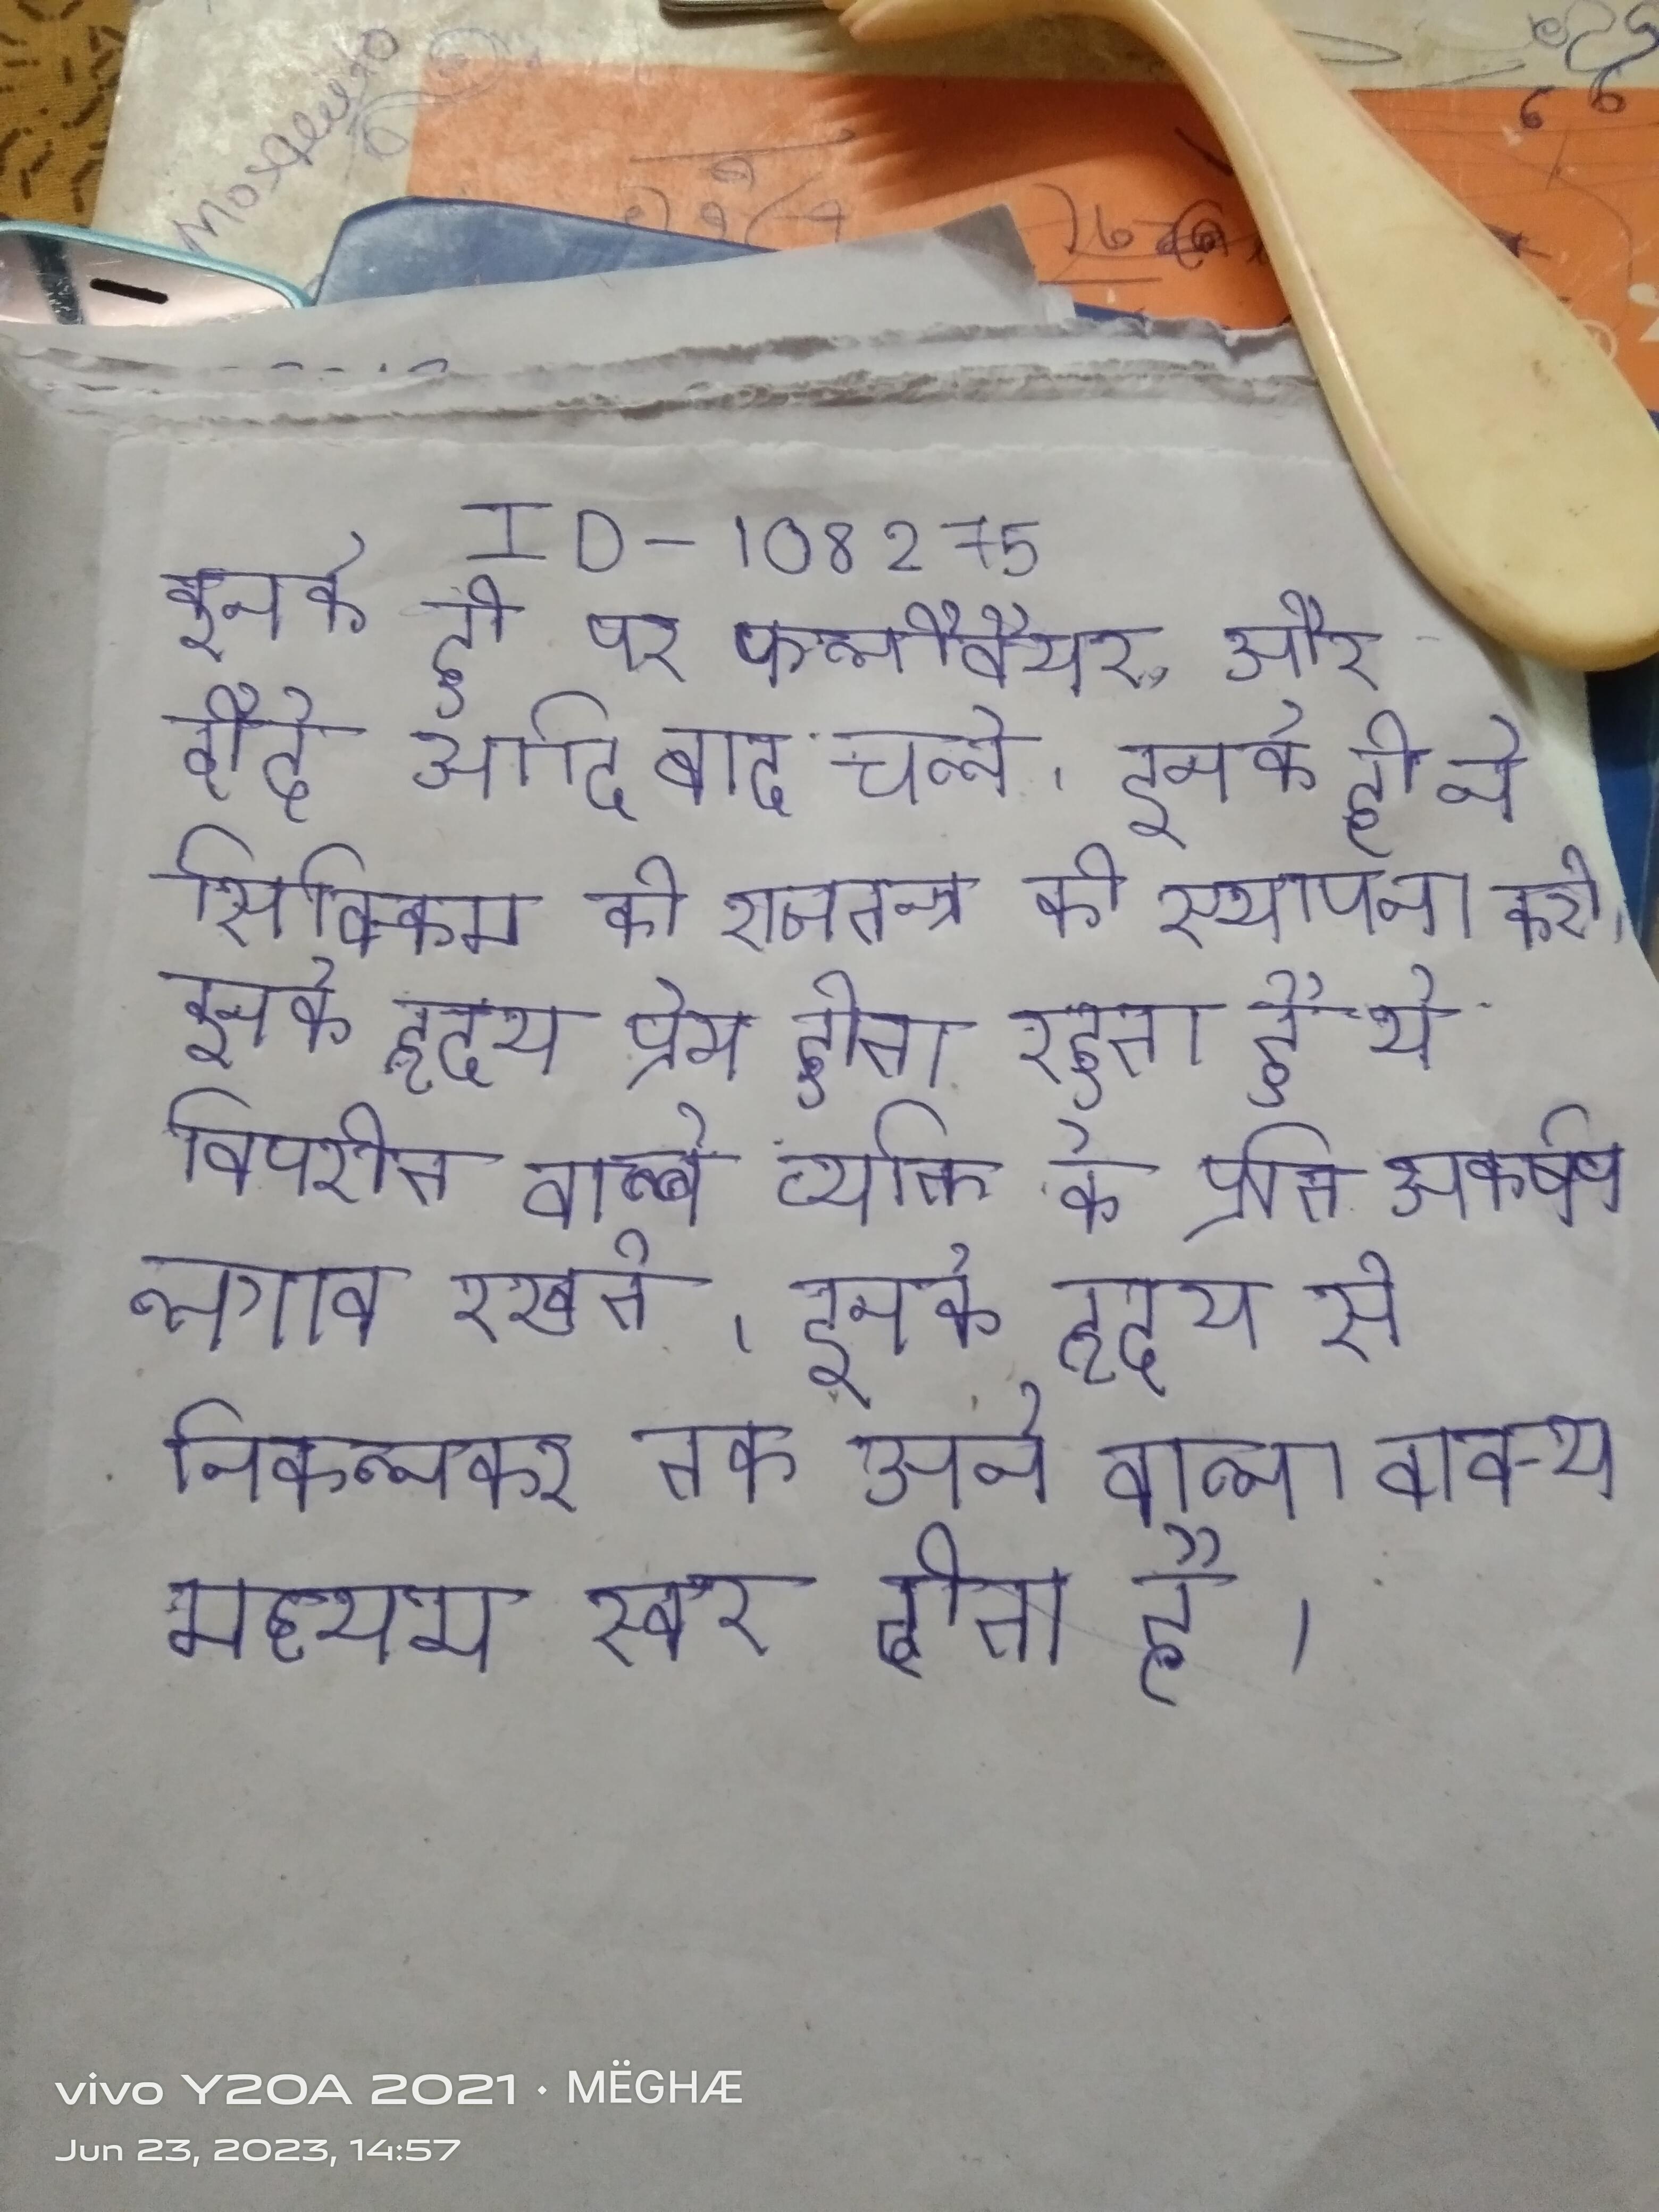
इनके ही पर फ्लौवेयर, और दौदे आदि बाद चले । इनके ही ने सिक्किम की राजतन्त्र की स्थापना करी । इनके हृदय प्रेम होता रहता है ये विपरीत वाले व्यक्ति के प्रति आकर्षण लगाव रखते । इनके हृदय से निकलकर तक आने वाला वाक्य मध्यम स्वर होता है ।